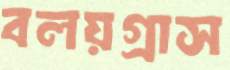
বলয়গ্রাস